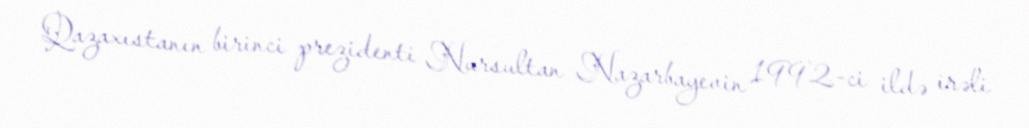
Qazaxıstanın birinci prezidenti Nursultan Nazarbayevin 1992-ci ildə irəli